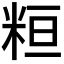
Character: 𥹚